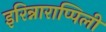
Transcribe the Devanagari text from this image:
इरिन्नाराप्पिली